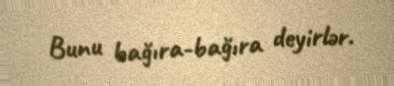
Bunu bağıra-bağıra deyirlər.